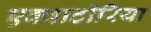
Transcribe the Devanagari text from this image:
एक्वाटोरिया